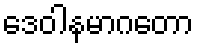
ဒေဝါနမာဂတော